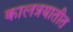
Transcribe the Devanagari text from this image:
कालत्रयातीत